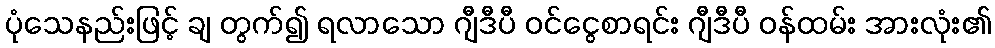
ပုံသေနည်းဖြင့် ချ တွက်၍ ရလာသော ဂျီဒီပီ ဝင်ငွေစာရင်း ဂျီဒီပီ ဝန်ထမ်း အားလုံး၏